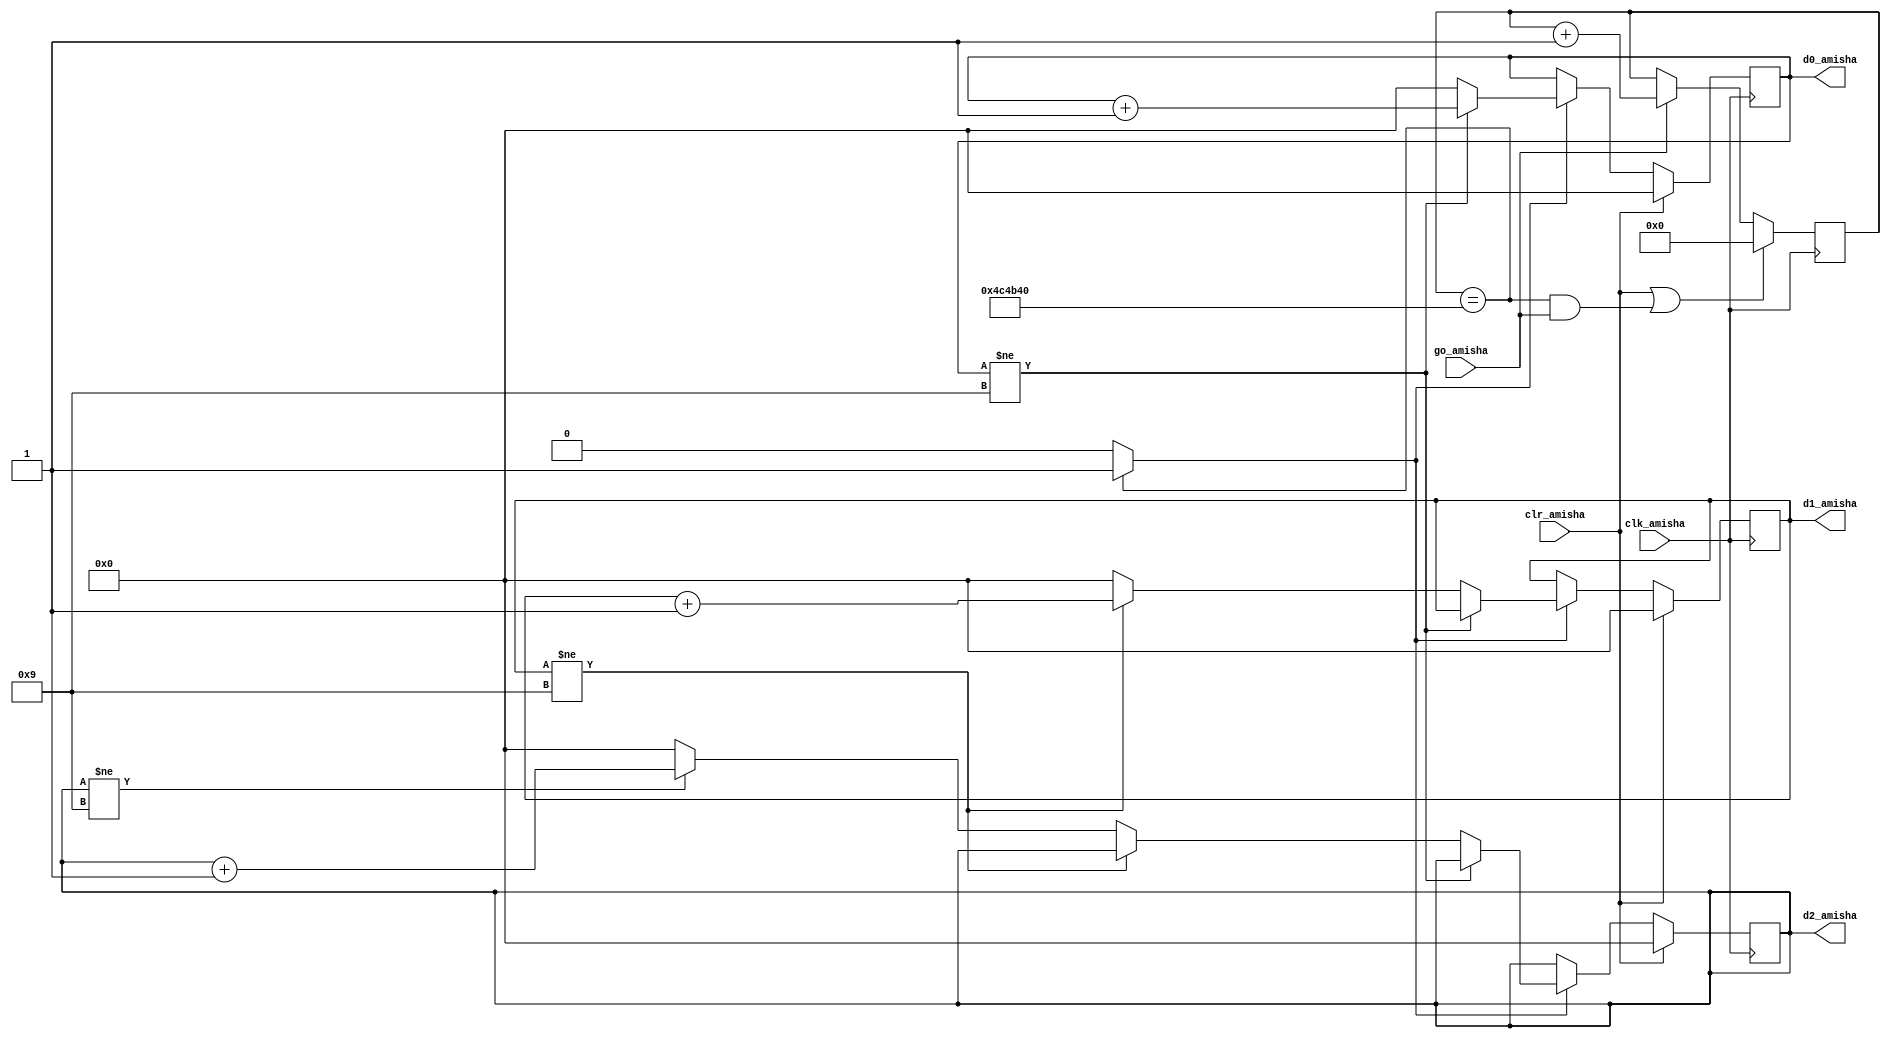
`timescale 1ns / 1ps
//////////////////////////////////////////////////////////////////////////////////
// Company: 
// Engineer: 
// 
// Design Name: 
// Module Name:    stop_watch_if_Amisha 
// Project Name: 
// Target Devices: 
// Tool versions: 
// Description: 
//
// Dependencies: 
//
// Revision: 
// Revision 0.01 - File Created
// Additional Comments: 
//
//////////////////////////////////////////////////////////////////////////////////
module stop_watch_if_Amisha(
    input clk_amisha,
    input go_amisha,
	 input clr_amisha,
    output [3:0] d2_amisha,
    output [3:0] d1_amisha,
    output [3:0] d0_amisha
    );

   localparam  DVSR_amisha = 5000000;
   reg [22:0] ms_reg_amisha;
   wire [22:0] ms_next_amisha;
   reg [3:0] d2_reg_amisha, d1_reg_amisha, d0_reg_amisha;
   reg [3:0] d2_next_amisha, d1_next_amisha, d0_next_amisha;
   wire ms_tick_amisha;

   always @(posedge clk_amisha)
   begin
      ms_reg_amisha <= ms_next_amisha;
      d2_reg_amisha <= d2_next_amisha;
      d1_reg_amisha <= d1_next_amisha;
      d0_reg_amisha <= d0_next_amisha;
   end

   assign ms_next_amisha = (clr_amisha || (ms_reg_amisha==DVSR_amisha && go_amisha)) ? 4'b0 :
                    (go_amisha) ? ms_reg_amisha + 1 : ms_reg_amisha;
   assign ms_tick_amisha = (ms_reg_amisha==DVSR_amisha) ? 1'b1 : 1'b0;

   always @*
   begin
      d0_next_amisha = d0_reg_amisha;
      d1_next_amisha = d1_reg_amisha;
      d2_next_amisha = d2_reg_amisha;
      if (clr_amisha)
         begin
            d0_next_amisha = 4'b0;
            d1_next_amisha = 4'b0;
            d2_next_amisha = 4'b0;
         end
      else if (ms_tick_amisha)
         if (d0_reg_amisha != 9)
            d0_next_amisha = d0_reg_amisha + 1;
         else             
            begin
               d0_next_amisha = 4'b0;
               if (d1_reg_amisha != 9)
                  d1_next_amisha = d1_reg_amisha + 1;
               else      
                  begin
                     d1_next_amisha = 4'b0;
                     if (d2_reg_amisha != 9)
                        d2_next_amisha = d2_reg_amisha + 1;
                     else 
                        d2_next_amisha = 4'b0;
                  end
            end
   end
   assign d0_amisha = d0_reg_amisha;
   assign d1_amisha = d1_reg_amisha;
   assign d2_amisha = d2_reg_amisha;
endmodule